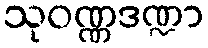
သုဝဏ္ဏဒဏ္ဍာ